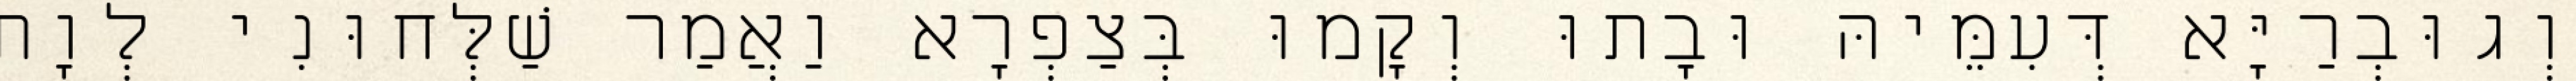
וְגוּבְרַיָּא דְּעִמֵּיהּ וּבָתוּ וְקָמוּ בְּצַפְרָא וַאֲמַר שַׁלְּחוּנִי לְוָת